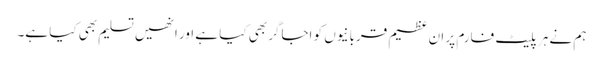
ہم نے ہر پلیٹ فارم پر ان عظیم قربانیوں کو اجاگر بھی کیا ہے اور انھیں تسلیم بھی کیا ہے۔